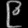
Digit: ၉